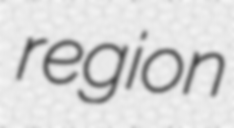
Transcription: region